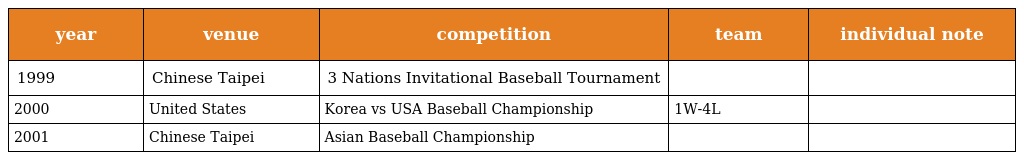
| year | venue | competition | team | individual note |
 | --- | --- | --- | --- | --- |
 | 1999 | Chinese Taipei | 3 Nations Invitational Baseball Tournament |  |  |
 | 2000 | United States | Korea vs USA Baseball Championship | 1W-4L |  |
 | 2001 | Chinese Taipei | Asian Baseball Championship |  |  |